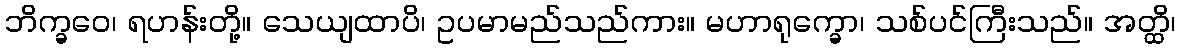
ဘိက္ခဝေ၊ ရဟန်းတို့။ သေယျထာပိ၊ ဥပမာမည်သည်ကား။ မဟာရုက္ခော၊ သစ်ပင်ကြီးသည်။ အတ္ထိ၊